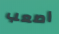
اصعب